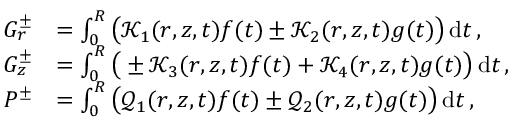
\begin{array} { r l } { G _ { r } ^ { \pm } } & { = \int _ { 0 } ^ { R } \big ( \mathcal { K } _ { 1 } ( r , z , t ) f ( t ) \pm \mathcal { K } _ { 2 } ( r , z , t ) g ( t ) \big ) \, \mathrm { d } t \, , } \\ { G _ { z } ^ { \pm } } & { = \int _ { 0 } ^ { R } \big ( \pm \mathcal { K } _ { 3 } ( r , z , t ) f ( t ) + \mathcal { K } _ { 4 } ( r , z , t ) g ( t ) \big ) \, \mathrm { d } t \, , } \\ { P ^ { \pm } } & { = \int _ { 0 } ^ { R } \big ( \mathcal { Q } _ { 1 } ( r , z , t ) f ( t ) \pm \mathcal { Q } _ { 2 } ( r , z , t ) g ( t ) \big ) \, \mathrm { d } t \, , } \end{array}